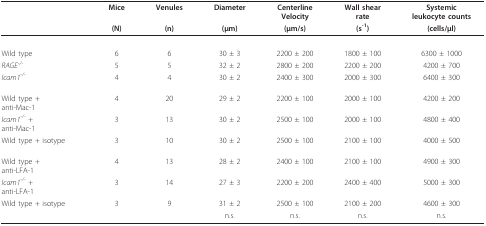
|  | Mice | Venules | Diameter | CenterlineVelocity | Wall shearrate | Systemicleukocyte counts |
 |  | (N) | (n) | (μm) | (μm/s) | (s-1) | (cells/μl) |
 | --- | --- | --- | --- | --- | --- | --- |
 | Wild type | 6 | 6 | 30 ± 3 | 2200 ± 200 | 1800 ± 100 | 6300 ± 1000 |
 | RAGE-/- | 5 | 5 | 32 ± 2 | 2800 ± 200 | 2200 ± 200 | 4200 ± 700 |
 | Icam1-/- | 4 | 4 | 30 ± 2 | 2400 ± 300 | 2000 ± 300 | 6400 ± 300 |
 | Wild type +anti-Mac-1 | 4 | 20 | 29 ± 2 | 2200 ± 100 | 2000 ± 100 | 4200 ± 200 |
 | Icam1-/- +anti-Mac-1 | 3 | 13 | 30 ± 2 | 2500 ± 100 | 2000 ± 100 | 4800 ± 400 |
 | Wild type + isotype | 3 | 10 | 30 ± 2 | 2500 ± 100 | 2100 ± 100 | 4000 ± 500 |
 | Wild type +anti-LFA-1 | 4 | 13 | 28 ± 2 | 2400 ± 100 | 2100 ± 100 | 4900 ± 300 |
 | Icam1-/- +anti-LFA-1 | 3 | 14 | 27 ± 3 | 2200 ± 200 | 2400 ± 400 | 5000 ± 300 |
 | Wild type + isotype | 3 | 9 | 31 ± 2 | 2500 ± 100 | 2100 ± 200 | 4600 ± 300 |
 |  |  |  | n.s. | n.s. | n.s. | n.s. |